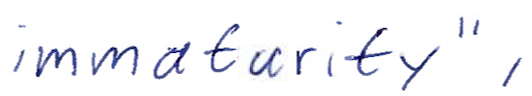
Text: immaturity",
Cross-out: clean
Writing tool: ballpoint